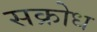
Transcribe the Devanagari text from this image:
सक्रोध